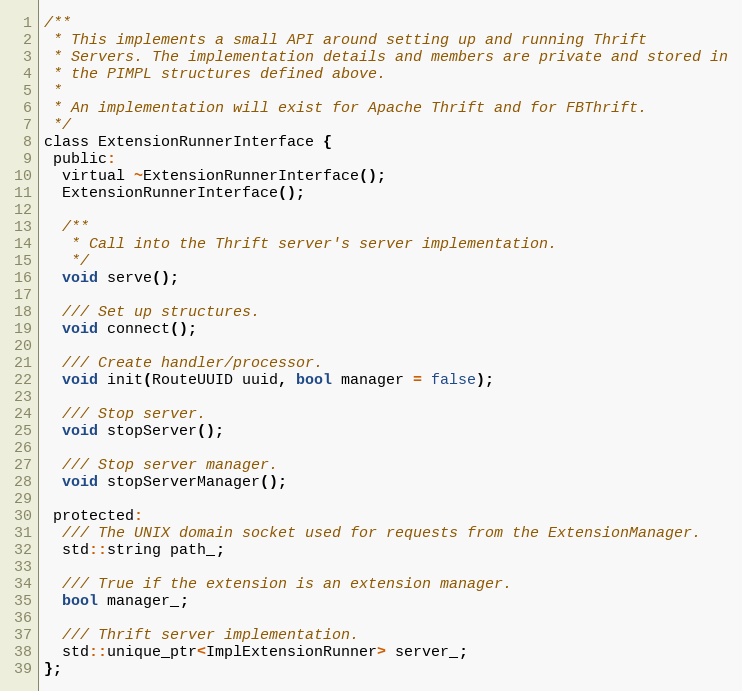
Language: C
/**
 * This implements a small API around setting up and running Thrift
 * Servers. The implementation details and members are private and stored in
 * the PIMPL structures defined above.
 *
 * An implementation will exist for Apache Thrift and for FBThrift.
 */
class ExtensionRunnerInterface {
 public:
  virtual ~ExtensionRunnerInterface();
  ExtensionRunnerInterface();

  /**
   * Call into the Thrift server's server implementation.
   */
  void serve();

  /// Set up structures.
  void connect();

  /// Create handler/processor.
  void init(RouteUUID uuid, bool manager = false);

  /// Stop server.
  void stopServer();

  /// Stop server manager.
  void stopServerManager();

 protected:
  /// The UNIX domain socket used for requests from the ExtensionManager.
  std::string path_;

  /// True if the extension is an extension manager.
  bool manager_;

  /// Thrift server implementation.
  std::unique_ptr<ImplExtensionRunner> server_;
};